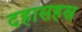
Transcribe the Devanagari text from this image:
दहासहस्र